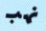
نهب